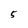
Character: 5